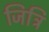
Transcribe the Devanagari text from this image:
जित्रि